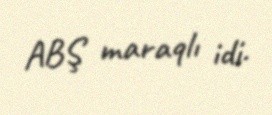
ABŞ maraqlı idi.